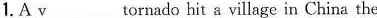
1. A \underline{v} tornado hit a village in China the